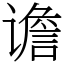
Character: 谵